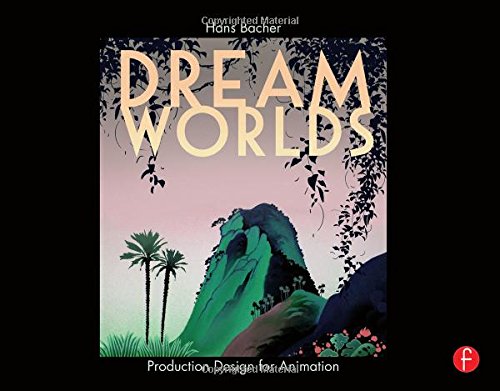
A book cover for Dream Worlds: Production Design for Animation; Hans Bacher; Arts & Photography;